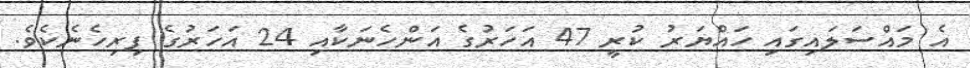
އެ މައްސަލައިގައި ހައްޔަރު ކުރީ 47 އަހަރުގެ އަންހެނަކާއި 24 އަހަރުގެ ފިރިހެނެކެވެ.